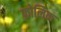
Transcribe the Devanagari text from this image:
फ्रोलिक